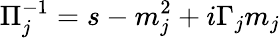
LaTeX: \Pi_{j}^{-1}=s-m_{j}^{2}+i\Gamma_{j}m_{j}